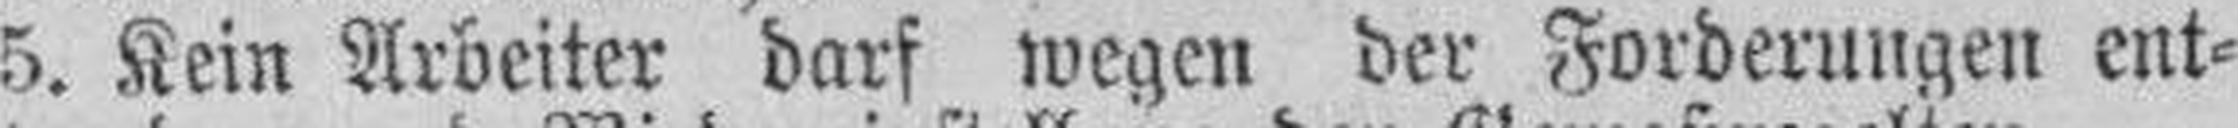
5. Kein Arbeiter darf wegen der Forderungen ent¬